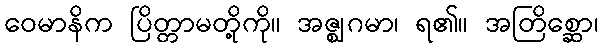
ဝေမာနိက ပြိတ္တာမတို့ကို။ အဇ္ဈဂမာ၊ ရ၏။ အတြိစ္ဆော၊